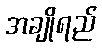
အချိုရည်